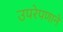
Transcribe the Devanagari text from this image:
उपरेपणाने